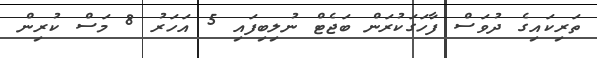
ތަރިކައިގެ ދުވަސް ފާހަގަކުރަން ބަޖެޓް ނުލިބިފައި 5 އަހަރު 8 މަސް ކުރިން